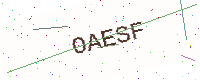
Text: OAESF